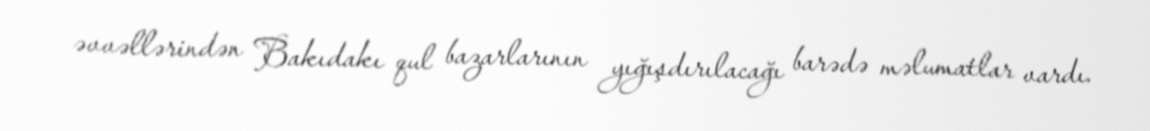
əvvəllərindən Bakıdakı qul bazarlarının yığışdırılacağı barədə məlumatlar vardı.